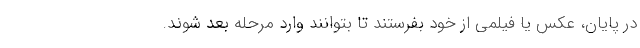
در پایان، عکس یا فیلمی از خود بفرستند تا بتوانند وارد مرحله بعد شوند.